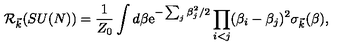
{ \cal R } _ { \vec { k } } ( S U ( N ) ) = { \frac { 1 } { Z _ { 0 } } } \int d \beta \mathrm { e } ^ { - \sum _ { j } \beta _ { j } ^ { 2 } / 2 } \prod _ { i < j } ( \beta _ { i } - \beta _ { j } ) ^ { 2 } \sigma _ { \vec { k } } ( \beta ) ,